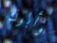
وأبوك